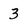
Character: 3